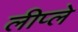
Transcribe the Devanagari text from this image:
लीप्ले